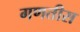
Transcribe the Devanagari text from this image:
गणतीस